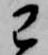
已